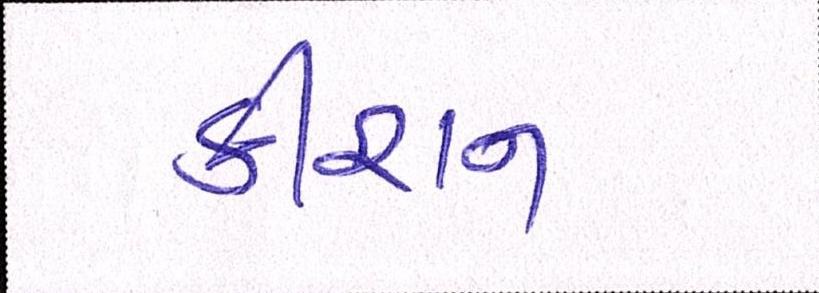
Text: કીશન